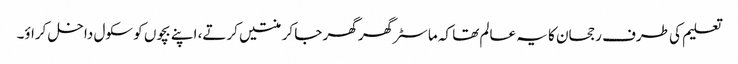
تعلیم کی طرف رجحان کا یہ عالم تھا کہ ماسٹر گھر گھر جا کر منتیں کرتے، اپنے بچوں کو سکول داخل کراؤ۔